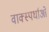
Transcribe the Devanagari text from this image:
वाक्स्पर्धाओं